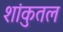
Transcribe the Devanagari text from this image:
शांकुतल